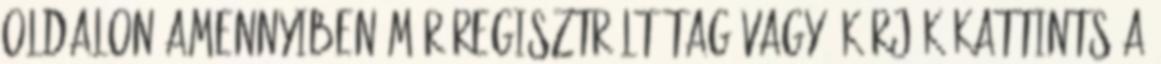
oldalon Amennyiben már regisztrált tag vagy, kérjük kattints a